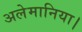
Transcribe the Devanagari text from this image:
अलेमानिया।